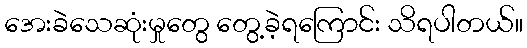
အေးခဲသေဆုံးမှုတွေ တွေ့ခဲ့ရကြောင်း သိရပါတယ်။